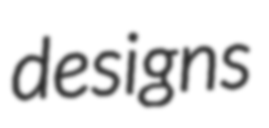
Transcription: designs